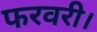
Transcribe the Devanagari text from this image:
फरवरी।